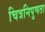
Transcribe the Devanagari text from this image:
चित्रनिपुणता